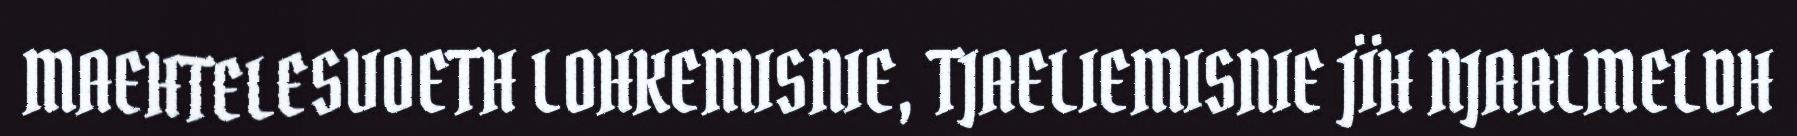
MAEHTELESVOETH LOHKEMISNIE, TJAELIEMISNIE JÏH NJAALMELDH